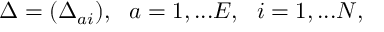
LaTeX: \Delta = ( \Delta _ { a i } ) , ~ ~ a = 1 , . . . E , ~ ~ i = 1 , . . . N ,